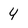
Character: 4